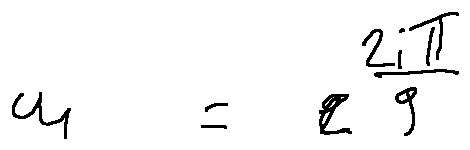
u _ { 1 } = e ^ { \frac { 2 i \pi } { 9 } }